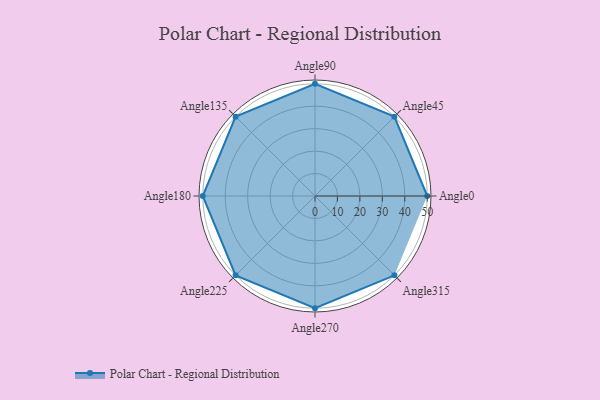
{"axis": {"x": "Angle", "y": "Radius"}, "legend": [""], "data": [{"x": "Angle0", "y": 50, "type": ""}, {"x": "Angle45", "y": 50, "type": ""}, {"x": "Angle90", "y": 50, "type": ""}, {"x": "Angle135", "y": 50, "type": ""}, {"x": "Angle180", "y": 50, "type": ""}, {"x": "Angle225", "y": 50, "type": ""}, {"x": "Angle270", "y": 50, "type": ""}, {"x": "Angle315", "y": 50, "type": ""}]}